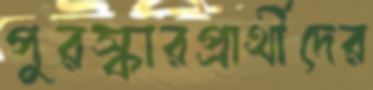
পুরস্কারপ্রার্থীদের